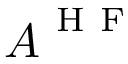
\boldsymbol { A } ^ { \mathrm { ~ H ~ F ~ } }